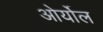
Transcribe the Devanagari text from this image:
ओर्योल